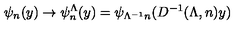
\psi _ { n } ( y ) \rightarrow \psi _ { n } ^ { \Lambda } ( y ) = \psi _ { \Lambda ^ { - 1 } n } ( D ^ { - 1 } ( \Lambda , n ) y )